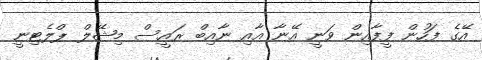
އޭގެ ފަހުން ފީފާއިން ވަނީ އޭނާ އާއި ނާއިބް ރައީސް މިޝޭލް ޕްލެޓިނީ